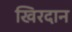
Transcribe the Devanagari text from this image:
खिरदान